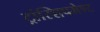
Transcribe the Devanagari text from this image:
ट्रांस्शिपमेण्ट